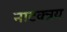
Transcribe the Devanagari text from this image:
नाटक्त्रय